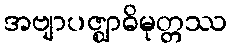
အဗျာပဇ္ဈာဓိမုတ္တဿ